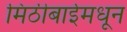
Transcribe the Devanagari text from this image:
मिठीबाईमधून